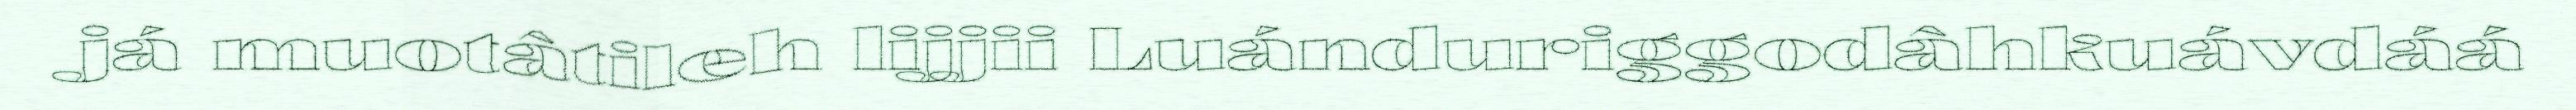
já muotâtileh lijjii Luánduriggodâhkuávdáá